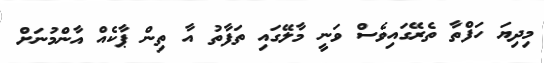
މިދިޔަ ހަފްތާ ތެރޭގައިވެސް ވަނީ މާލޭގައި ތަފާތު އާ ތިން ޕާކެއް އާންމުނަށް